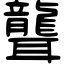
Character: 聾